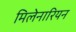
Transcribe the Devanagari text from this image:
मिलेनारियन